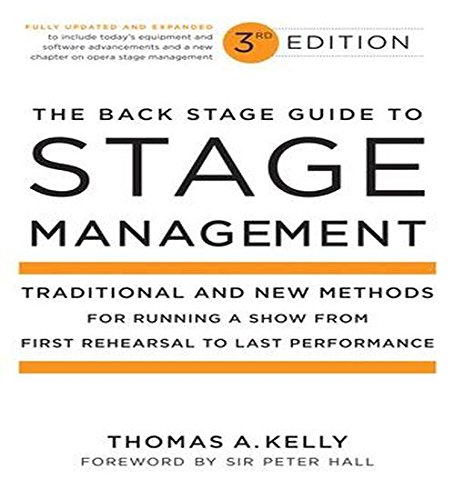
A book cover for The Back Stage Guide to Stage Management, 3rd Edition: Traditional and New Methods for Running a Show from First Rehearsal to Last Performance; Thomas A. Kelly; Business & Money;